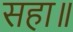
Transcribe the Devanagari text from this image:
सहा॥